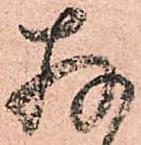
存